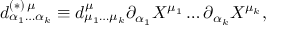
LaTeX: d _ { \alpha _ { 1 } \ldots \alpha _ { k } } ^ { ( \ast ) \, \mu } \equiv d _ { \mu _ { 1 } \ldots \mu _ { k } } ^ { \mu } \partial _ { \alpha _ { 1 } } X ^ { \mu _ { 1 } } \ldots \partial _ { \alpha _ { k } } X ^ { \mu _ { k } } ,